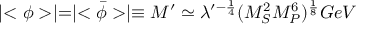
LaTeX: \mid < \phi > \mid = \mid < \bar { \phi } > \mid \equiv M ^ { \prime } \simeq \lambda ^ { \prime - \frac { 1 } { 4 } } ( M _ { S } ^ { 2 } M _ { P } ^ { 6 } ) ^ { \frac { 1 } { 8 } } G e V